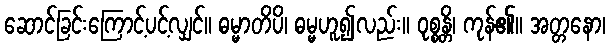
ဆောင်ခြင်းကြောင့်ပင့်လျှင်။ ဓမ္မာတိပိ၊ ဓမ္မဟူ၍လည်း။ ဝုစ္စန္တိ၊ ကုန်၏။ အတ္တနော၊